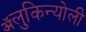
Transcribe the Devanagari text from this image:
ॲलुकिन्योली